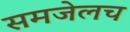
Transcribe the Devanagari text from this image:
समजेलच